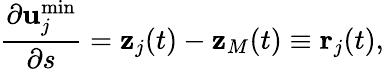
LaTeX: \frac{\partial{\mathbf u}_{j}^{\operatorname*{min}}}{\partial s}={\mathbf z}_{j}(t)-{\mathbf z}_{M}(t)\equiv{\mathbf r}_{j}(t),